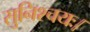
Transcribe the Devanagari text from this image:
सुनिश्चयः।